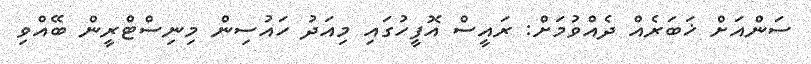
ސަންއަށް ޚަބަރެއް ދެއްވުމަށް: ރައީސް އޮފީހުގައި މިއަދު ހައުސިން މިނިސްޓްރީން ބޭއްވި